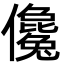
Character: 儳